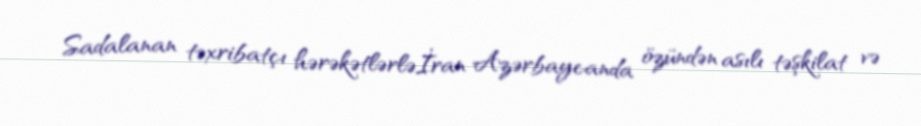
Sadalanan təxribatçı hərəkətlərləİran Azərbaycanda özündən asılı təşkilat və